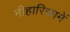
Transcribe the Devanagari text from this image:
नीहारिकामें